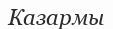
Казармы